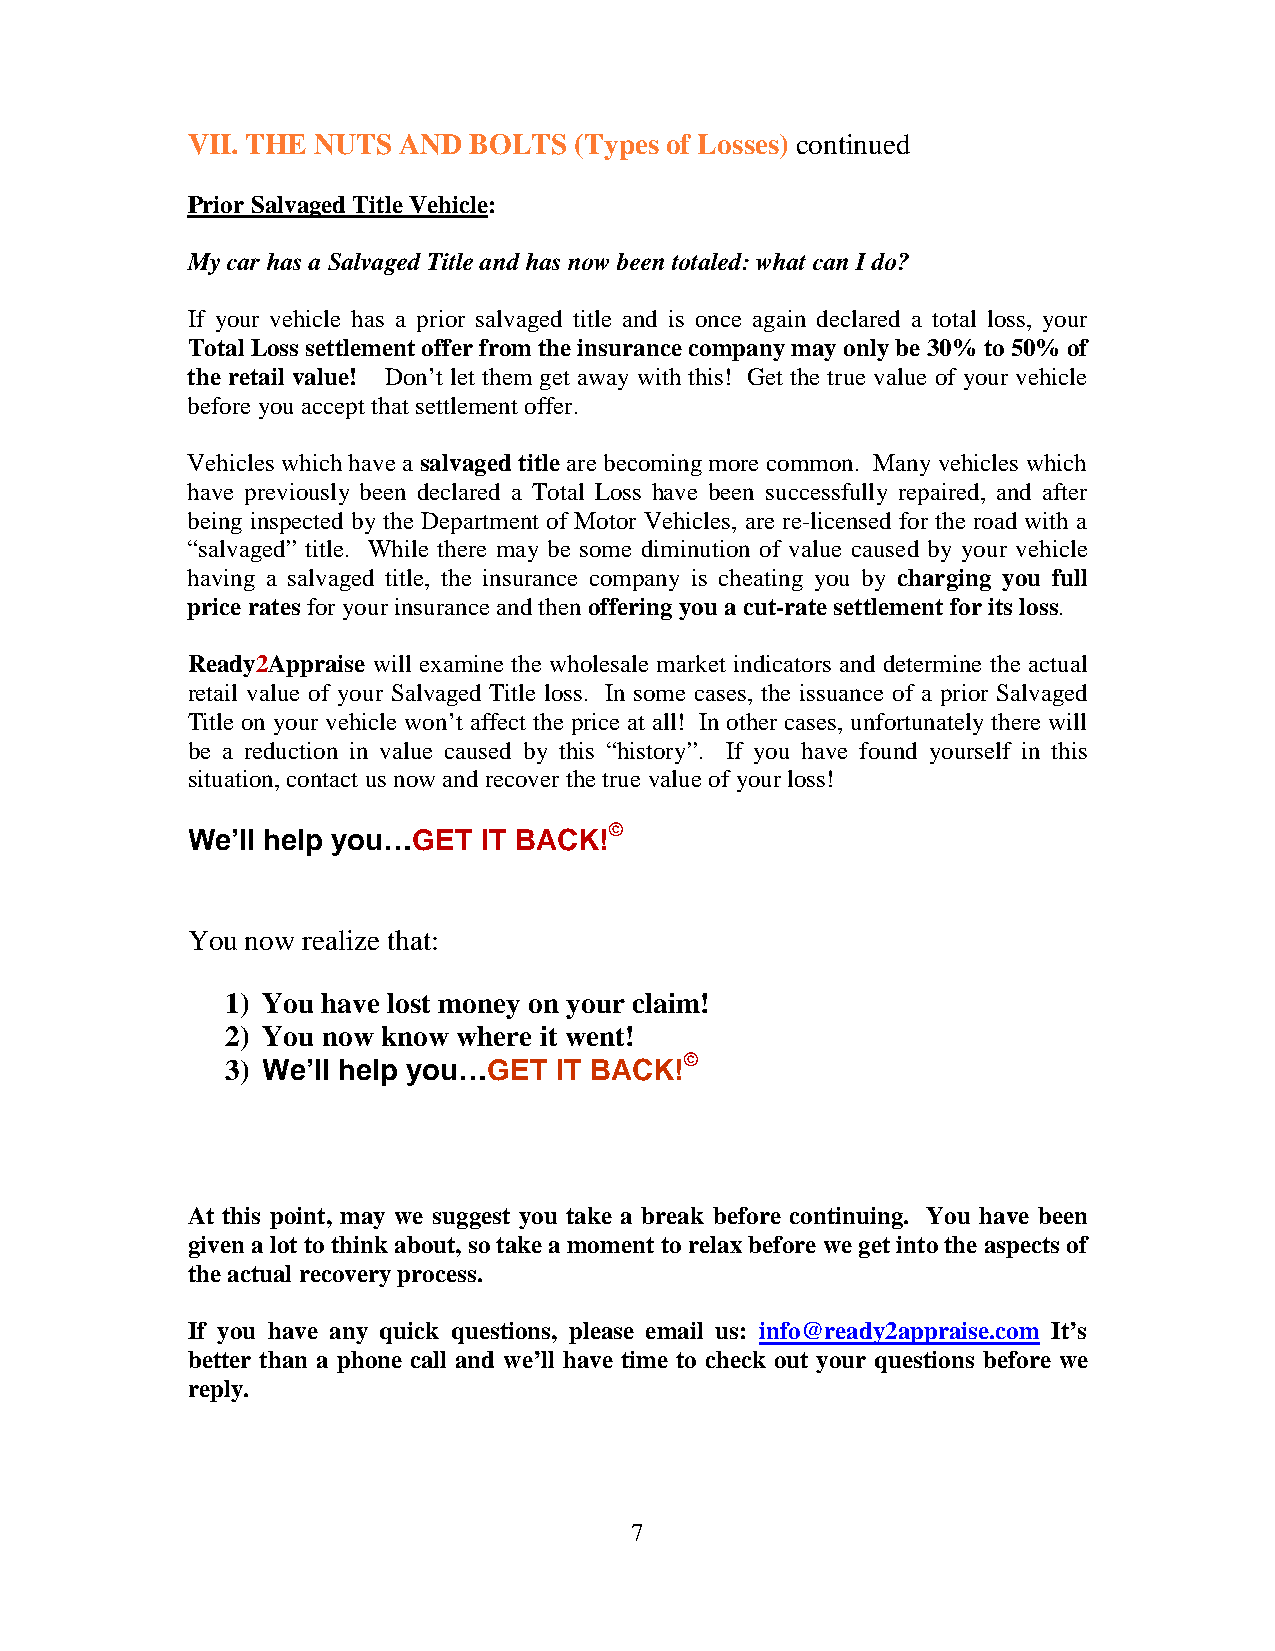
VII. THE NUTS AND  BOLTS  (Types of Losses) continued
 Prior Salvaged Title Vehicle:
 My car has a Salvaged Title and has now been totaled: what can I do?
 If your vehicle has a prior salvaged title and is once again declared a total loss, your
 Total Loss settlement offer from the insurance company may only be 30% to 50% of
 the retail value! Don’t let them get away with this! Get the true value of your vehicle
 before you accept that settlement offer.
 Vehicles which have a salvaged title are becoming more common. Many vehicles which
 have previously been declared a Total Loss have been successfully repaired, and after
 being inspected by the Department of Motor Vehicles, are re-licensed for the road with a
 “salvaged” title. While there may be some diminution of value caused by your vehicle
 having a salvaged title, the insurance company is cheating you by charging you full
 price rates for your insurance and then offering you a cut-rate settlement for its loss.
 Ready2Appraise will examine the wholesale market indicators and determine the actual
 retail value of your Salvaged Title loss. In some cases, the issuance of a prior Salvaged
 Title on your vehicle won’t affect the price at all! In other cases, unfortunately there will
 be a reduction in value caused by this “history”. If you have found yourself in this
 situation, contact us now and recover the true value of your loss!
 We’ll help you…GET  IT
 BACK!©
 You now realize that:
 1) You have lost money on your claim!
 2) You now know where it went!
 3) We’ll help you…GET IT BACK!©
 At this point, may we suggest you take a break before continuing. You have been
 given a lot to think about, so take a moment to relax before we get into the aspects of
 the actual recovery process.
 If you have any quick questions, please email us: info@ready2appraise.com It’s
 better than a phone call and we’ll have time to check out your questions before we
 reply.
 7